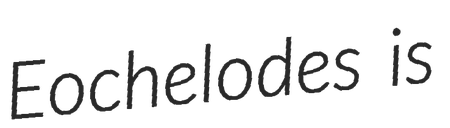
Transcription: Eochelodes is